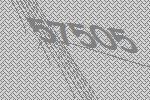
57505